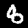
Label: 8